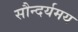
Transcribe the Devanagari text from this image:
सौन्दर्यमय